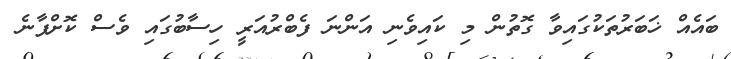
ބައެއް ޚަބަރުތަކުގައިވާ ގޮތުން މި ކައިވެނި އަންނަ ފެބްރުއަރީ ހިސާބުގައި ވެސް ކޮށްފާނެ